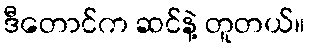
ဒီတောင်က ဆင်နဲ့ တူတယ်။